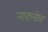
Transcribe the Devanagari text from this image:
नादलोन